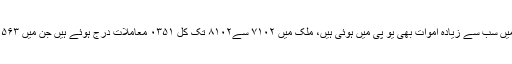
مرکزی وزیرکے ایک بیا ن سے یہ بھی معلوم ہو اہے کہ ملک بھر میں عدالتی حراست میں سب سے زیادہ اموات بھی یو پی میں ہوئی ہیں، ملک میں ۷۱۰۲ سے۸۱۰۲ تک کل ۰۳۵۱ معاملات درج ہوئے ہیں جن میں ۵۶۳ صرف صوبہ یو پی میں ہوئے ہیں یعنی کہ وہاں ہر روز ایک شخص کی موت ہوئی ہے۔